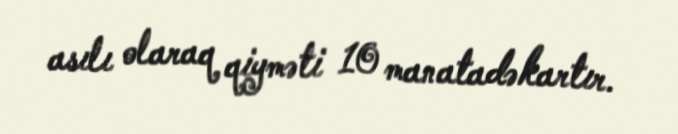
asılı olaraq qiyməti 10 manatadəkartır.